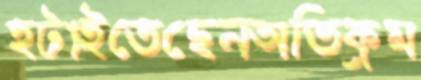
হটাইতেছেনঅতিক্রম